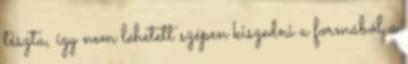
tészta, így nem lehetett szépen kiszedni a formából a